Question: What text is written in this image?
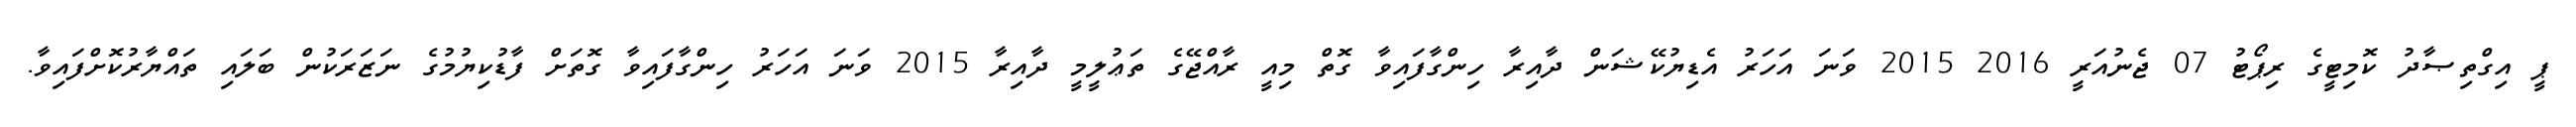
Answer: ޕީ އިގްތިޞާދު ކޮމިޓީގެ ރިޕޯޓު 07 ޖެނުއަރީ 2016 2015 ވަނަ އަހަރު އެޑިޔުކޭޝަން ދާއިރާ ހިންގާފައިވާ ގޮތް މިއީ ރާއްޖޭގެ ތަޢުލީމީ ދާއިރާ 2015 ވަނަ އަހަރު ހިންގާފައިވާ ގޮތަށް ފާޑުކިޔުމުގެ ނަޒަރަކުން ބަލައި ތައްޔާރުކޮށްފައިވާ.